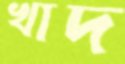
খাদ